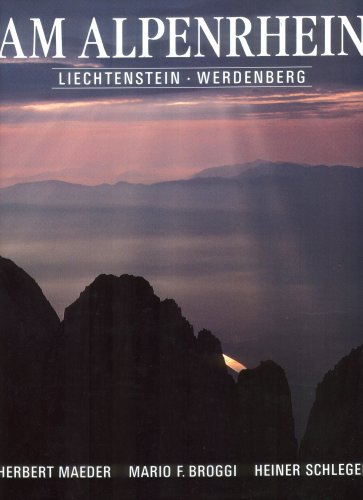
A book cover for Am Alpenrhein: Liechtenstein, Werdenberg (German Edition); Herbert Maeder; Travel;